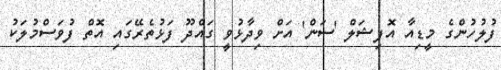
ފުލުހުންގެ މީޑިއާ އޮފިޝަލް 'ސަން' އަށް ވިދާޅުވީ ގައްދޫ ފަޅުތެރޭގައި އޮތް ފުވަސްމުލަކު